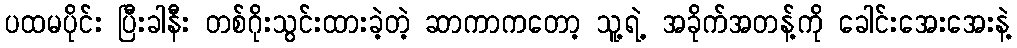
ပထမပိုင်း ပြီးခါနီး တစ်ဂိုးသွင်းထားခဲ့တဲ့ ဆာကာကတော့ သူ့ရဲ့ အခိုက်အတန့်ကို ခေါင်းအေးအေးနဲ့